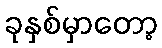
ခုနှစ်မှာတော့